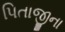
પિતાજીના